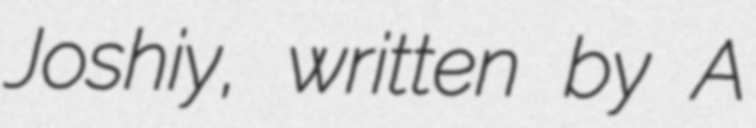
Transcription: Joshiy, written by A